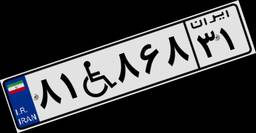
۸۱W۸۶۸۳۱